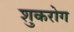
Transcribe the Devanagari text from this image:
शुकरोग